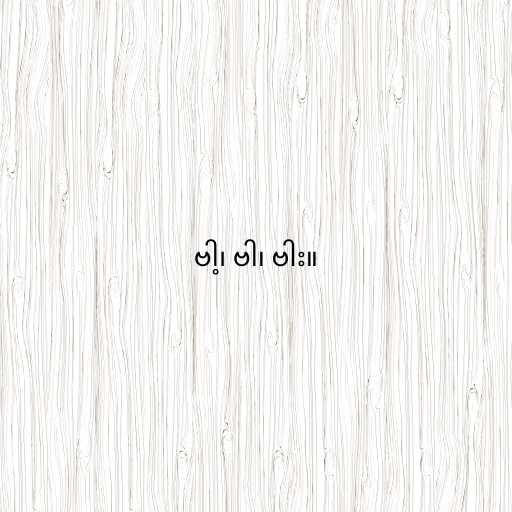
ဗါ့၊ ဗါ၊ ဗါး။